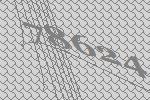
78624